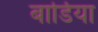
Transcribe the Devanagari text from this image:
बार्डिया